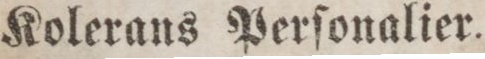
Kolerans Perſonalier.